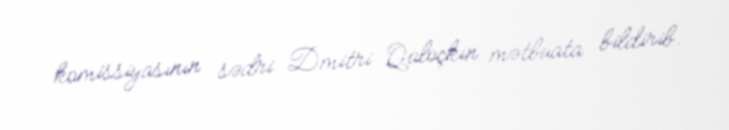
komissiyasının sədri Dmitri Qaloçkin mətbuata bildirib.